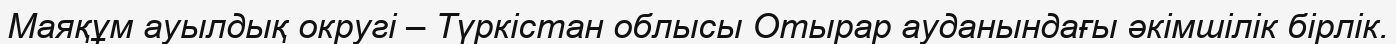
Маяқұм ауылдық округі – Түркістан облысы Отырар ауданындағы әкімшілік бірлік.